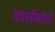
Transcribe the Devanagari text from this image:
कासीमोडो